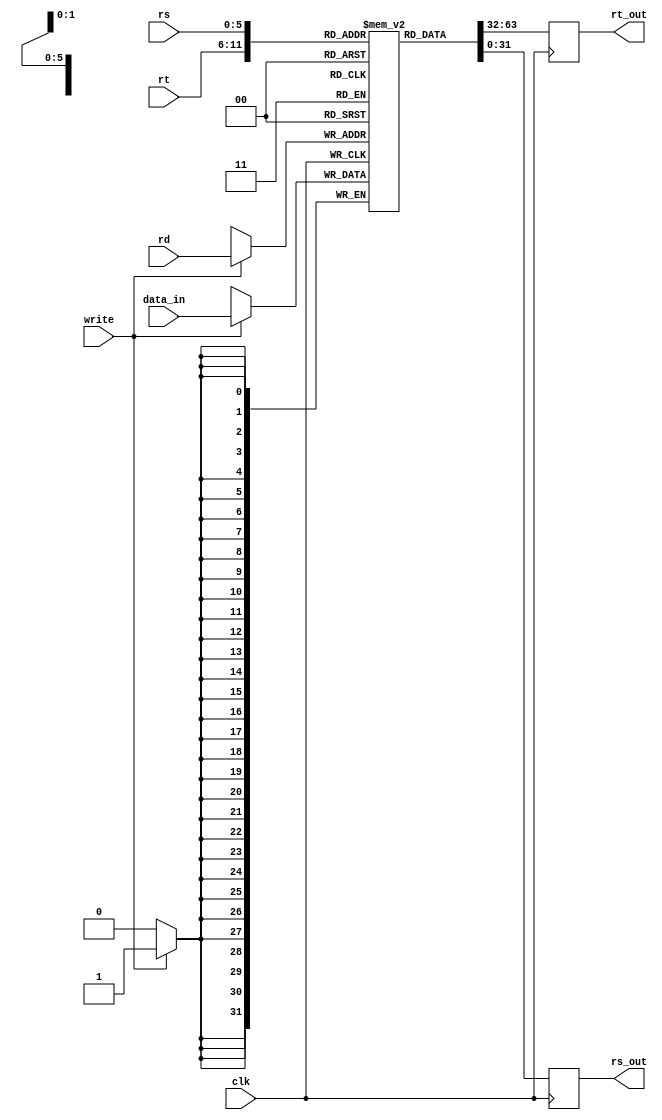
`timescale 1ns / 1ps
//////////////////////////////////////////////////////////////////////////////////
// Company: 
// Engineer: 
// 
// Design Name: 
// Module Name: register_file
// Project Name: 
// Target Devices: 
// Tool Versions: 
// Description: 
// 
// Dependencies: 
// 
// Revision:
// Revision 0.01 - File Created
// Additional Comments:
// 
//////////////////////////////////////////////////////////////////////////////////


module register_file(output reg [31:0] rt_out, 
                    output reg [31:0] rs_out, 
                    input [31:0] data_in, 
                    input [5:0] rd, 
                    input [5:0] rt, 
                    input [5:0] rs, 
                    input write, 
                    input clk );
reg [31:0] registers [63:0] ;

initial
begin
    registers[0] = 0;
    registers[1] = 0;
    registers[2] = 2; // starting address of data to find max
    registers[3] = 5 ; // n numbers to compare
    registers[4] = 0;
    registers[5] = 0;
    registers[6] = 0;
    registers[7] = 0;
    registers[8] = 0;
    registers[9] = 0;
    registers[10] = 0;
    registers[11] = 0;
    registers[12] = 0;
    registers[13] = 0;
    registers[14] = 0;
    registers[15] = 1000;
end
                    
always@(negedge clk)
begin
    rt_out = registers[rt];
    rs_out = registers[rs];
    if(write)begin
        registers[rd] = data_in;
    end
end
endmodule